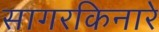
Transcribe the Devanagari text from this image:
सागरकिनारे